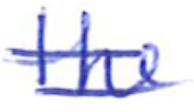
Text: the
Cross-out: double-line
Writing tool: ballpoint